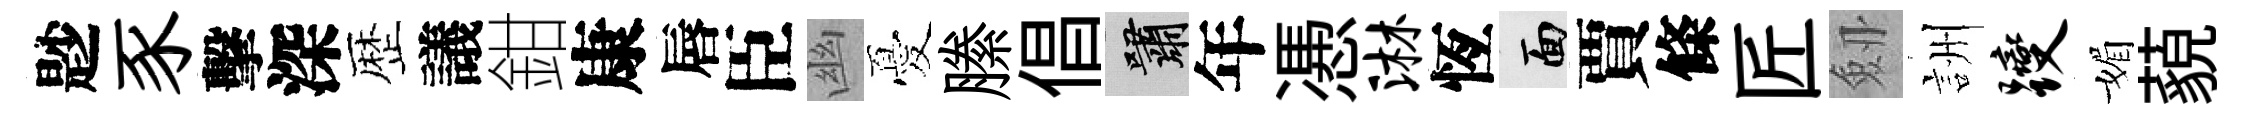
尟豕擊深歴議鉗康唇臣幽憂縢倡嘯年慿淋恆面賈條匠劔詶躞媚藐